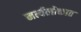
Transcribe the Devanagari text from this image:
मर्त्यलोकात